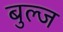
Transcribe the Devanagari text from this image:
बुल्ज